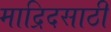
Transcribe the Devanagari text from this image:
माद्रिदसाठी